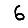
Digit: 6